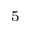
^ 5